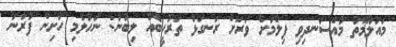
މައުލޫމާތު މުއްސަނދިވި ފިލްމަށް ވަރަށް ރަނގަޅު ތަރުހީބެއް ލިބުނު: ނަހުލާމި ހަށިން ފުރާނަ